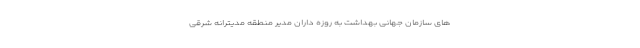
‌های سازمان جهانی بهداشت به روزه‌ داران مدیر منطقه مدیترانه شرقی